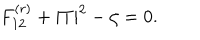
LaTeX: F _ { 1 2 } ^ { ( r ) } + | T | ^ { 2 } - \zeta = 0 .